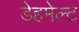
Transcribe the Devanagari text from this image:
डेहमेल्ट